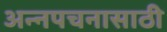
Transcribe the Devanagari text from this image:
अन्‍नपचनासाठी